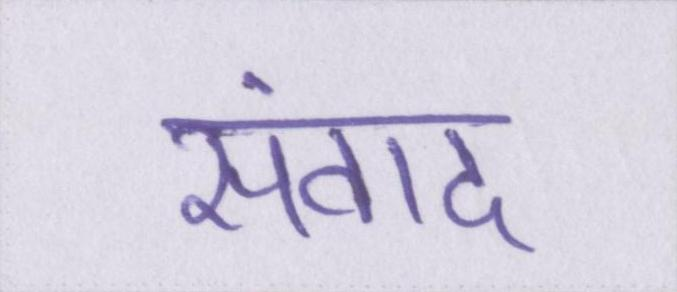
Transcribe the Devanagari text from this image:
संवाद